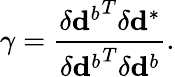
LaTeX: \gamma=\frac{{\delta\mathbf{d}^{b}}^{T}\delta\mathbf{d}^{*}}{{\delta\mathbf{d}^{b}}^{T}\delta\mathbf{d}^{b}}.